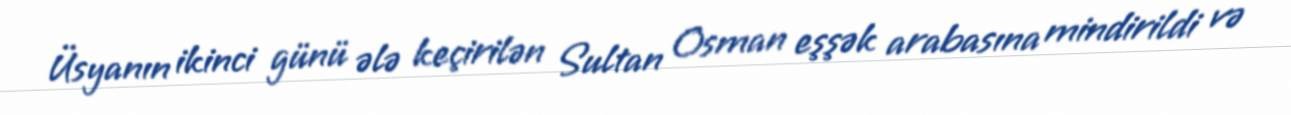
Üsyanın ikinci günü ələ keçirilən Sultan Osman eşşək arabasına mindirildi və